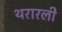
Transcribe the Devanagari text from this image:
थरारली